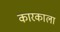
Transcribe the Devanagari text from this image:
कारकाला